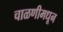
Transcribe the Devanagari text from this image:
चाळणीमधून